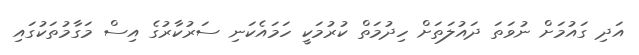
އަދި ގައުމަށް ނުވަތަ ދައުލަތަށް ހިދުމަތް ކުރުމަކީ ހަމައެކަނި ސަރުކާރުގެ އިސް މަގާމުތަކުގައި